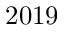
2 0 1 9